Annual statistical returns and brief notes on vaccination in Bengal - 1887-1898
Year: 1887
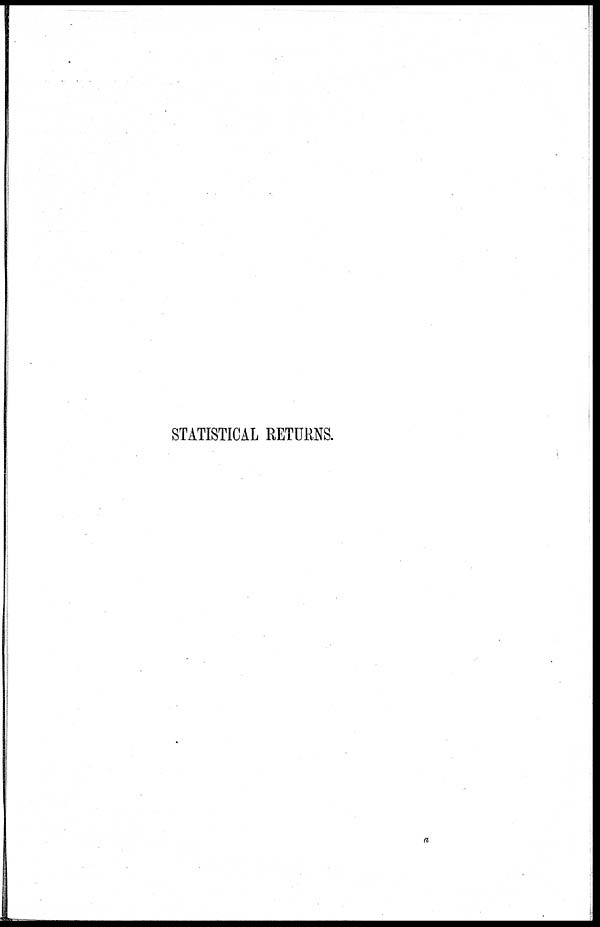
STATISTICAL RETURNS.
a